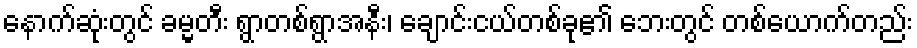
နောက်ဆုံးတွင် ခမ္မတီး ရွာတစ်ရွာအနီး၊ ချောင်းငယ်တစ်ခု၏ ဘေးတွင် တစ်ယောက်တည်း